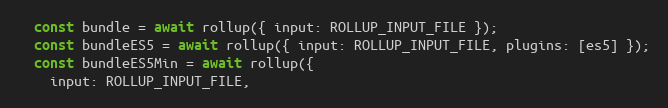
Language: JavaScript
  const bundle = await rollup({ input: ROLLUP_INPUT_FILE });
  const bundleES5 = await rollup({ input: ROLLUP_INPUT_FILE, plugins: [es5] });
  const bundleES5Min = await rollup({
    input: ROLLUP_INPUT_FILE,